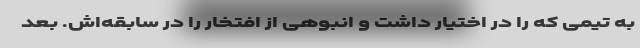
به تیمی که را در اختیار داشت و انبوهی از افتخار را در سابقه‌اش. بعد